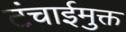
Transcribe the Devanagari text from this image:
टंचाईमुक्त